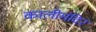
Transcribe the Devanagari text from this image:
कालीमंदिर